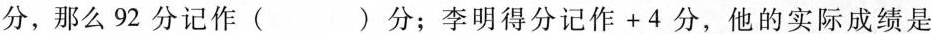
分，那么92分记作( )分；李明得分记作+4分，他的实际成绩